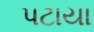
પટાયા